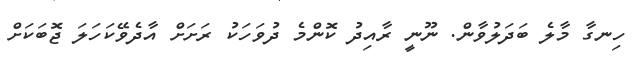
ހިނގާ މާލެ ބަދަލުވާން. ނޫނީ ރާއިދު ކޮންމެ ދުވަހަކު ރަށަށް އާދެވޭކަހަލަ ޖޮބަކަށް